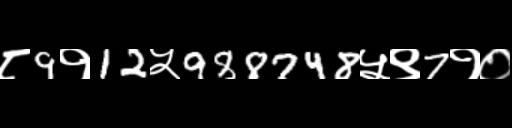
Text: ८9१12५988748५९7१०